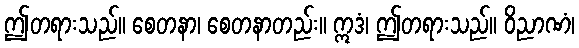
ဤတရားသည်။ စေတနာ၊ စေတနာတည်း။ ဣဒံ၊ ဤတရားသည်။ ဝိညာဏံ၊